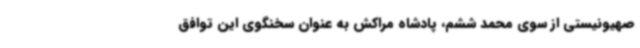
صهیونیستی از سوی محمد ششم، پادشاه مراکش به عنوان سخنگوی این توافق